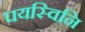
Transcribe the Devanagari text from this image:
पयस्विनि